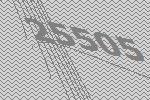
25505